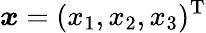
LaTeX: \boldsymbol{x}=(x_{1},x_{2},x_{3})^{\textrm{T}}